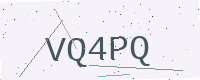
Text: VQ4PQ